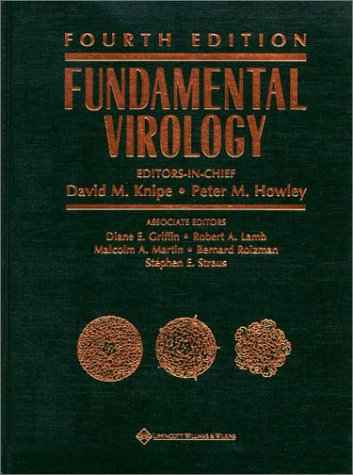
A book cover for Fundamental Virology; Medical Books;